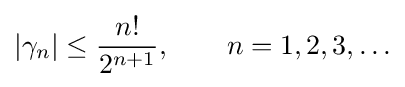
|\gamma _{n}|\leq {\frac {n!}{2^{n+1}}},\qquad n=1,2,3,\ldots